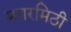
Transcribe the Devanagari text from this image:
मगरमिठी